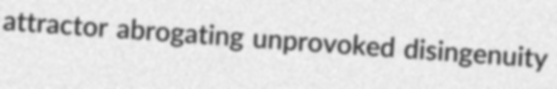
attractor abrogating unprovoked disingenuity